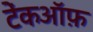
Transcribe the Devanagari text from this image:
टेंकऑफ़